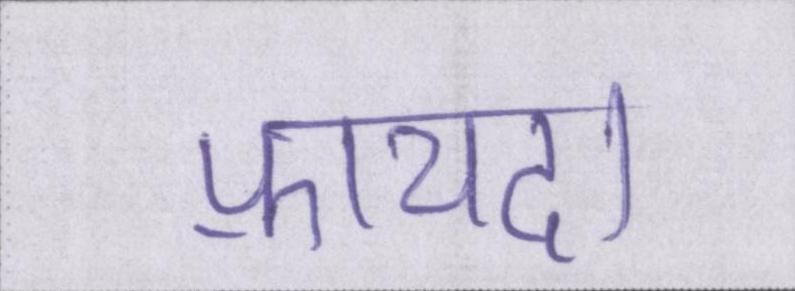
फ़ायदा